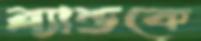
ব্র্যান্ডকে